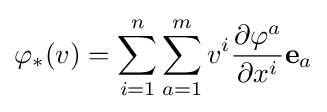
\varphi _{*}(v)=\sum _{i=1}^{n}\sum _{a=1}^{m}v^{i}{\frac {\partial \varphi ^{a}}{\partial x^{i}}}\mathbf {e} _{a}